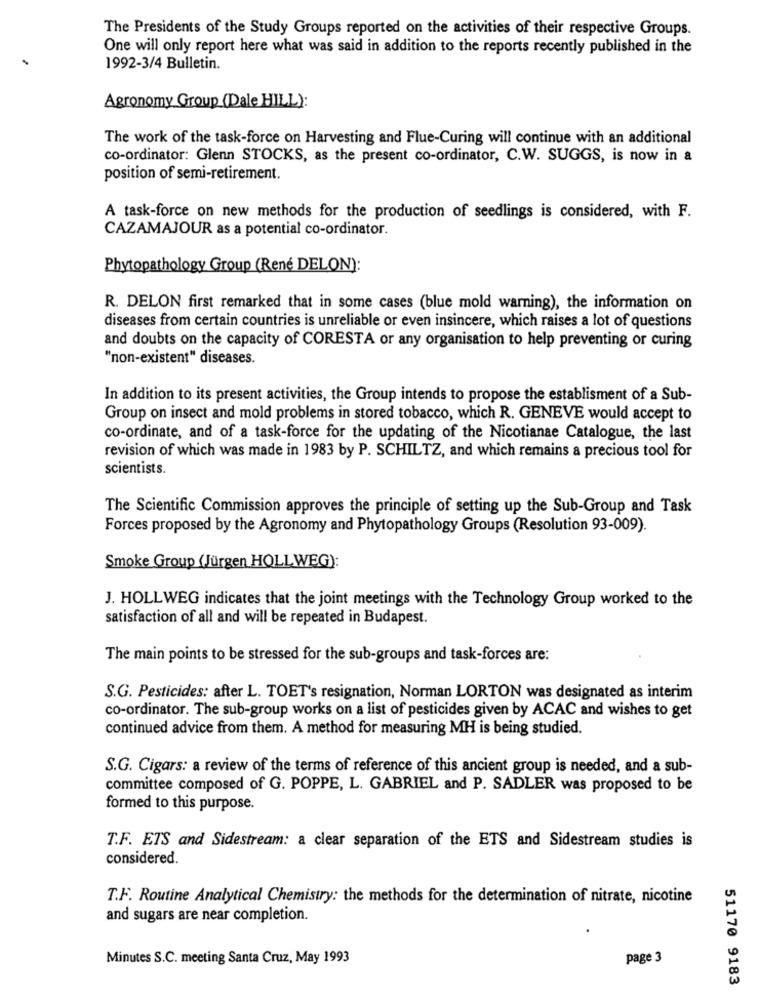
The Presidents of the Study Groups reported on the activities of their respective Groups.
One will only report here what was said in addition to the reports recently published in the
1992-3/4 Bulletin.
Agronomy Group (Dale HILL):
The work of the task-force on Harvesting and Flue-Curing will continue with an additional
co-ordinator: Glenn STOCKS, as the present co-ordinator, C.W. SUGGS, is now in a
position of semi-retirement.
A task-force on new methods for the production of seedlings is considered, with F.
CAZAMAJOUR as a potential co-ordinator.
Phytopathology Group (Rene DELON):
R. DELON first remarked that in some cases (blue mold warning), the information on
diseases from certain countries is unreliable or even insincere, which raises a lot of questions
and doubts on the capacity of CORESTA or any organisation to help preventing or curing
"non-existent" diseases.
In addition to its present activities, the Group intends to propose the establisment of a Sub-
Group on insect and mold problems in stored tobacco, which R. GENEVE would accept to
co-ordinate, and of a task-force for the updating of the Nicotianae Catalogue, the last
revision of which was made in 1983 by P. SCHILTZ, and which remains a precious tool for
scientists.
The Scientific Commission approves the principle of setting up the Sub-Group and Task
Forces proposed by the Agronomy and Phytopathology Groups (Resolution 93-009).
Smoke Group (Jürgen HOLLWEG):
J. HOLLWEG indicates that the joint meetings with the Technology Group worked to the
satisfaction of all and will be repeated in Budapest.
The main points to be stressed for the sub-groups and task-forces are:
S.G. Pesticides: after L. TOET's resignation, Norman LORTON was designated as interim
co-ordinator. The sub-group works on a list of pesticides given by ACAC and wishes to get
continued advice from them. A method for measuring MH is being studied.
S.G. Cigars: a review of the terms of reference of this ancient group is needed, and a sub-
committee composed of G. POPPE, L. GABRIEL and P. SADLER was proposed to be
formed to this purpose.
T.F. ETS and Sidestream: a clear separation of the ETS and Sidestream studies is
considered.
T.F. Routine Analytical Chemistry: the methods for the determination of nitrate, nicotine
and sugars are near completion.
Minutes S.C. meeting Santa Cruz, May 1993
page 3
51170 9183